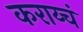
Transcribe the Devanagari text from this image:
कराय्चं